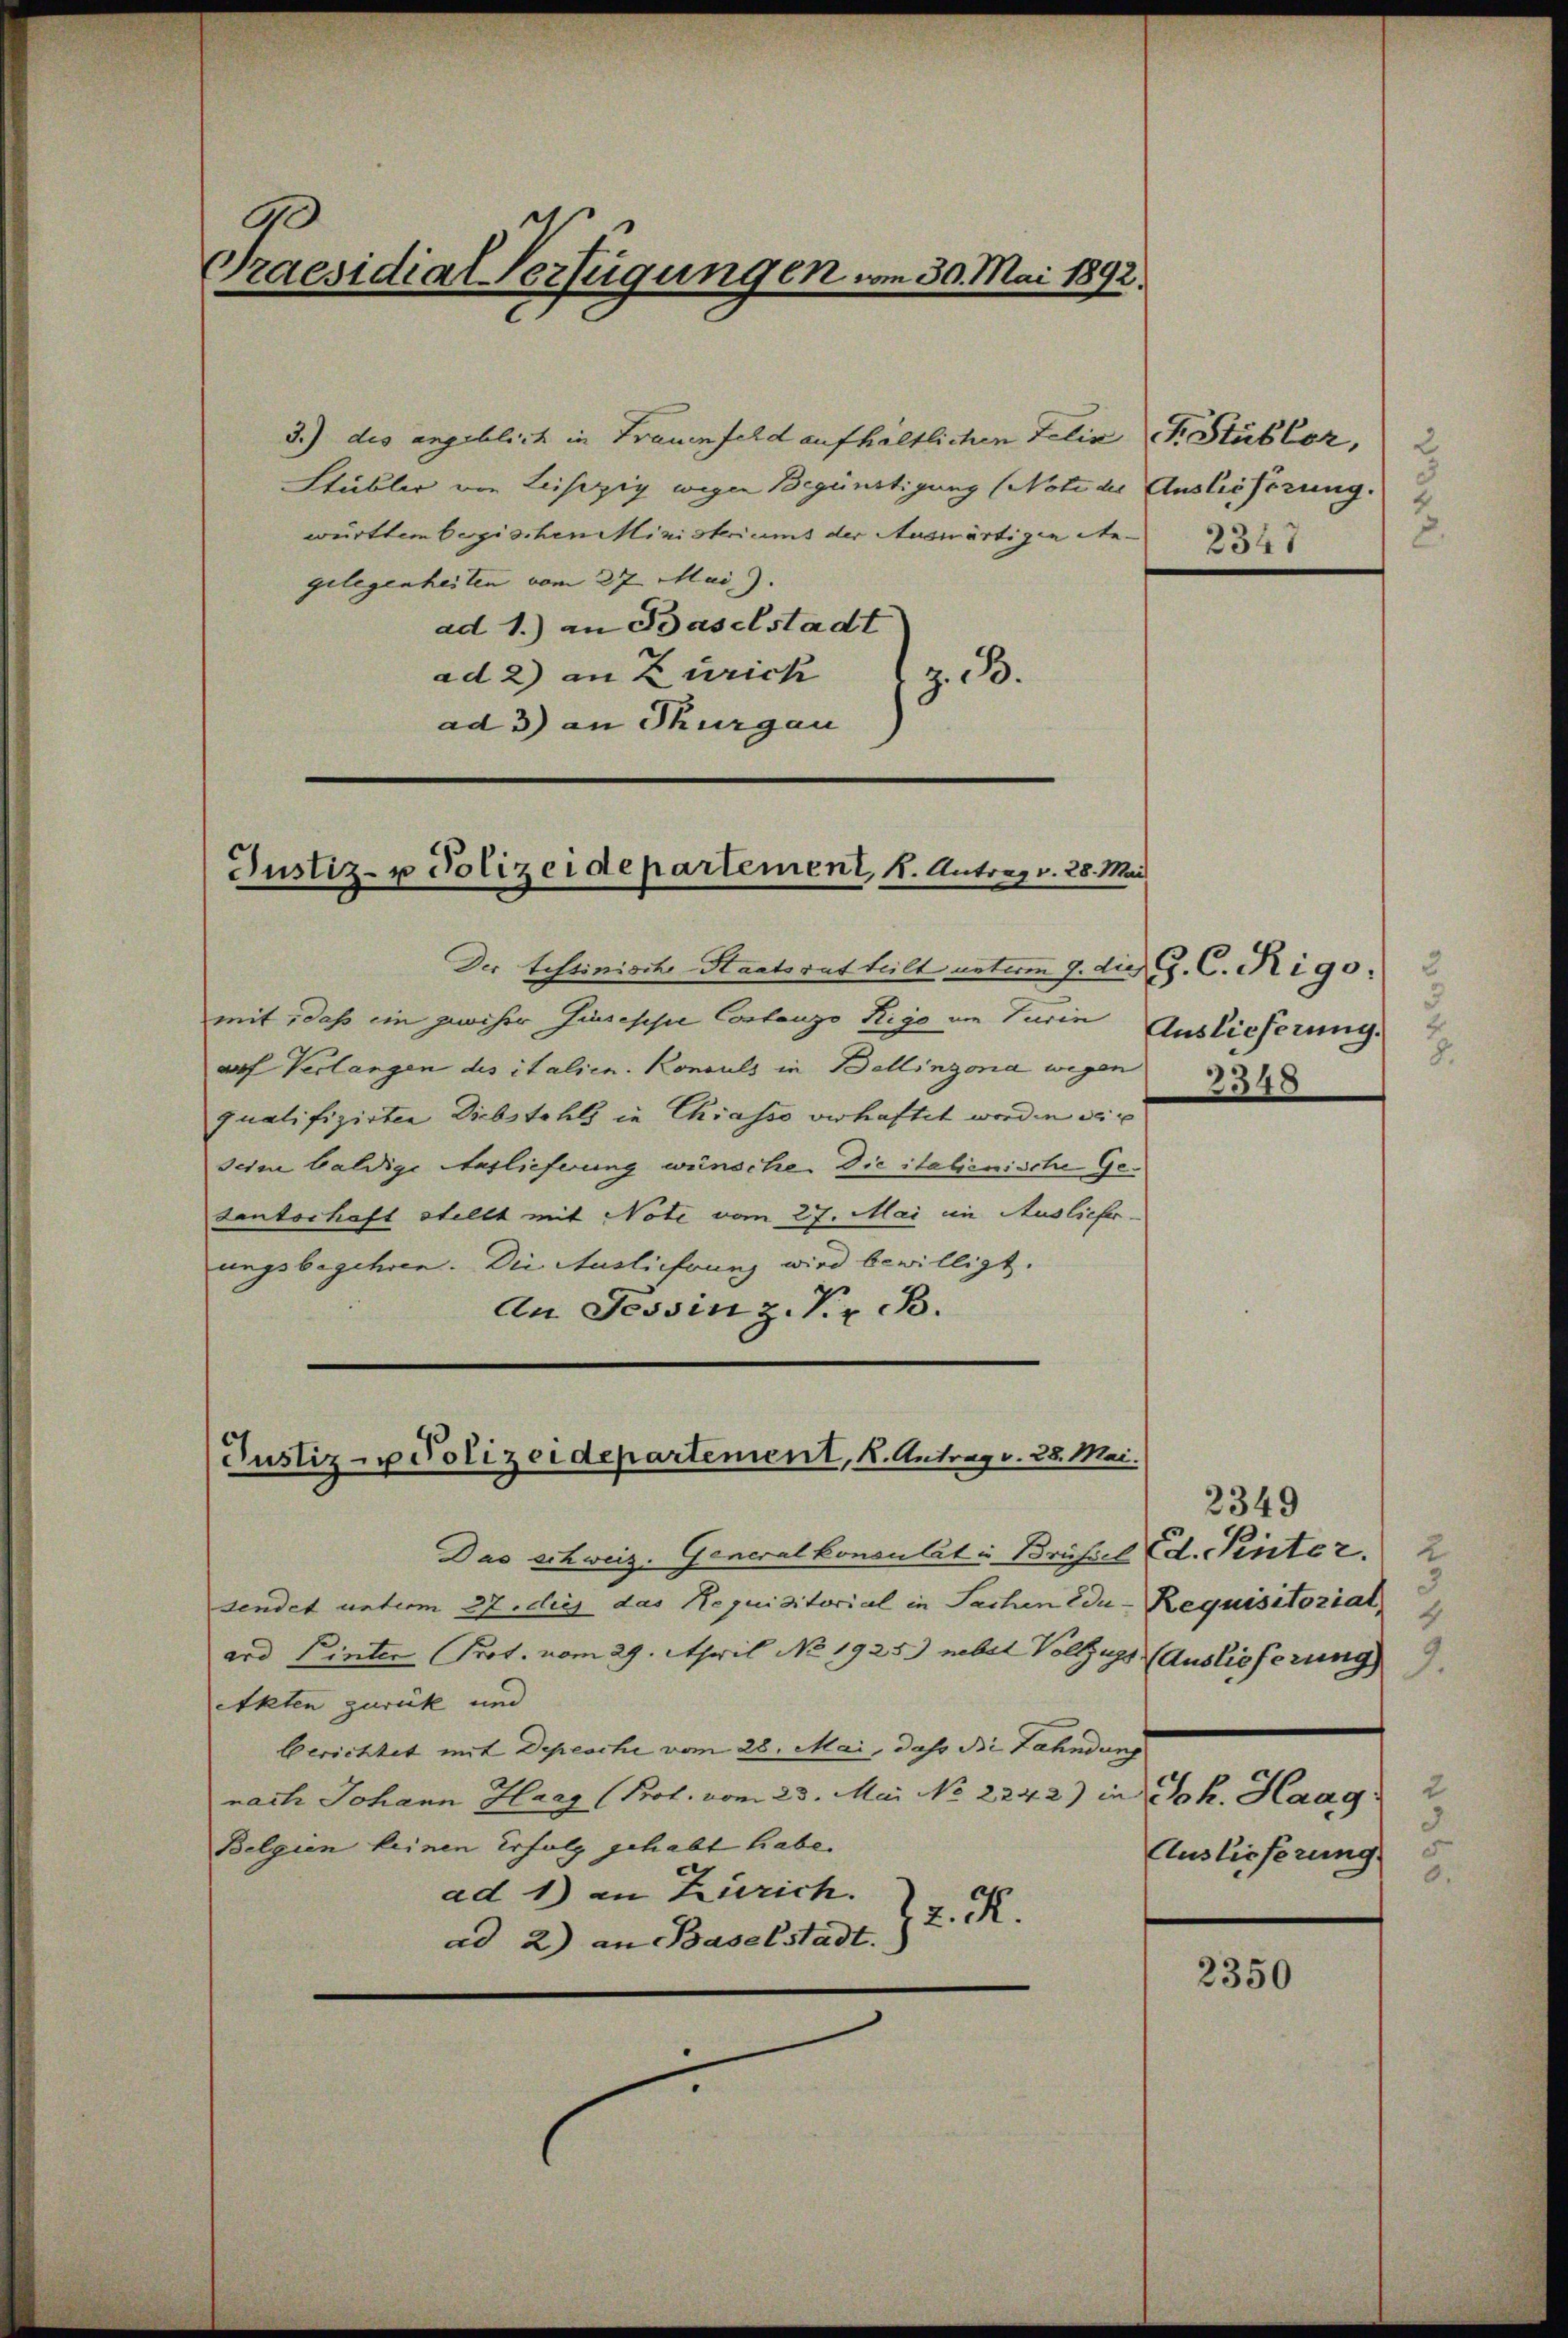
Praesidial-Verfügungen vom 30. Mai 1892.

3.) des angeblich in Frauenfeld aufhältlichen Felix
Stübler von Leisepig wegen Begünstigung (Note der
württem begischen Ministeriums der Auswärtigen Regelegenheiten vom 27. Mai.).
ad 1.) an Baselstadt
ad 2) an Zürich
z. B.
ad 3) an Thurgau

Justiz- u Polizeidepartement, 1. Antrag v. 28. Mai

Der testinisch-Staatsrat teilt unterm 9. die C. C. Rigo. 2
mit, daß ein gewiser Zinsesse Costanzo Rigo im Turin
auf Verlangen des italien. Konsuls in Bellinzona wegen
qualifizirten Diebstahls in Chiasso verhaftet worden sic
seine baldige Auslieferung wünsche. Die italienische Getanterhaft stellt mit Note vom 27. Mai in Auslieferungsbegehren. Die Auslieferung wird bewilligt.
An Tessin z. Kr. B.

Justiz - Polizeidepartement, K. Antrag v. 28. Mai.

Das schweiz. Generalkonsulat in Brüssel (d. Pinter. 2
sendet unterm 27 dies das Requisitorial in Sachen Edu
ard Pinter Prot. vom 29. April No 1925.) nebel Vollzugs (Auslieferung
Akten geweck und
Gerichtet mit Depeschi vom 28. Mai, daß Bi Zahndung
nach Johann Haag (Prot. vom 23. Mai No 2242) in Joh. Haag 2
Belgien keinen Erfolg gehabt habe.
ad 1) an Zürich.
72. X.
ad 2) an Baselstadt.

F. Stubler, 2
Auslieferung.
8.

2347

Auslieferung.
.
3348

2349
Requisitoriat
4
3
Auslieferung
8

2350